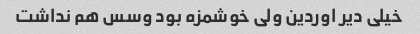
خیلی دیر اوردین ولی خوشمزه بود و‌سس هم نداشت